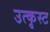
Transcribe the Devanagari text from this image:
उत्कृस्ट